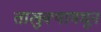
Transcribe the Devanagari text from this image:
तालुक्‍यामधून